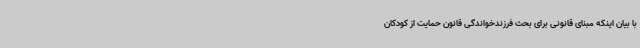
با بیان اینکه مبنای قانونی برای بحث فرزندخواندگی قانون حمایت از کودکان